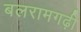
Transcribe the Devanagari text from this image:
बलरामगढ़ी